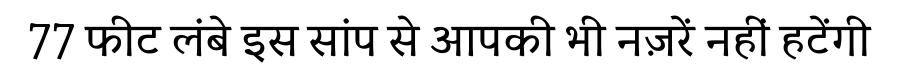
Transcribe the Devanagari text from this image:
77 फीट लंबे इस सांप से आपकी भी नज़रें नहीं हटेंगी